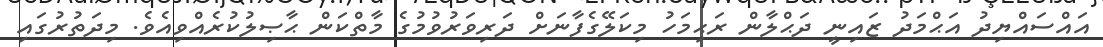
އައްސައްޔިދު އަޙްމަދު ޒައިނީ ދަޙްލާން ރަޙިމަހު މިކަލޭގެފާނަށް ދަރިވަރުވުމުގެ މާތްކަން ޙާޞިލުކުރެއްްވިއެވެ. މިދަތުރުގައި